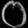
Digit: ၀